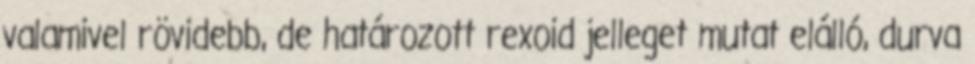
valamivel rövidebb, de határozott rexoid jelleget mutat elálló, durva